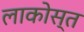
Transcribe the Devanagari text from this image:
लाकोस्त